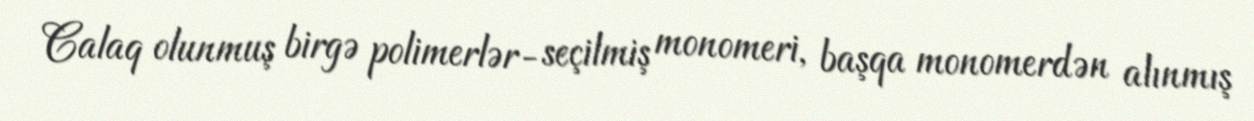
Calaq olunmuş birgə polimerlər- seçilmiş monomeri, başqa monomerdən alınmış